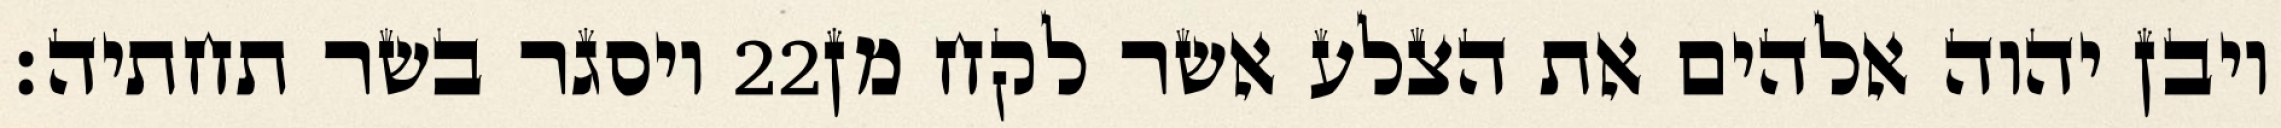
ויסגר בשר תחתיה׃ ‎22‏ ויבן יהוה אלהים את הצלע אשר לקח מן